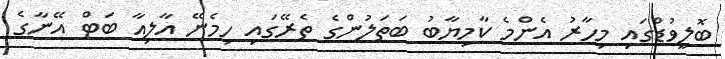
ބޮލީވުޑްގައި މިހާރު އެންމެ ކާމިޔާބު ބަތަލުންގެ ތެރޭގައި ހިމެނޭ އާލިއާ ބަޓް އޭނާގެ